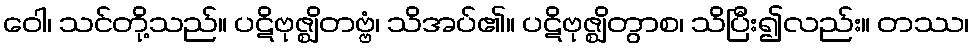
ဝေါ၊ သင်တို့သည်။ ပဋိဗုဇ္ဈိတဗ္ဗံ၊ သိအပ်၏။ ပဋိဗုဇ္ဈိတွာစ၊ သိပြီး၍လည်း။ တဿ၊